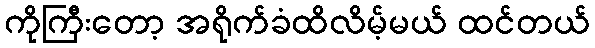
ကိုကြီးတော့ အရိုက်ခံထိလိမ့်မယ် ထင်တယ်